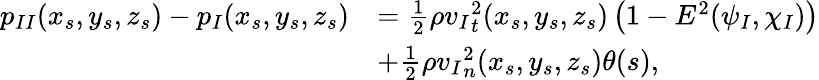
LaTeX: \begin{array}{rl}{{p_{II}}(x_{s},y_{s},z_{s})-{p_{I}}(x_{s},y_{s},z_{s})}&{=\frac{1}{2}\rho{v_{I}}_{t}^{2}(x_{s},y_{s},z_{s})\left(1-E^{2}(\psi_{I},\chi_{I})\right)}\\ &{+\frac{1}{2}\rho{v_{I}}_{n}^{2}(x_{s},y_{s},z_{s})\theta(s),}\end{array}